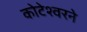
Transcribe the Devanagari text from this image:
कोटेश्वरने